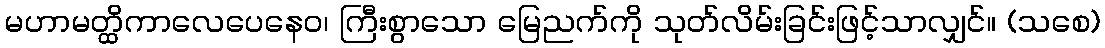
မဟာမတ္ထိကာလေပေနေဝ၊ ကြီးစွာသော မြေညက်ကို သုတ်လိမ်းခြင်းဖြင့်သာလျှင်။ (သစေ)